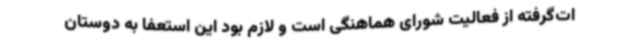
ات‌گرفته از فعالیت شورای هماهنگی است و لازم بود این استعفا به دوستان